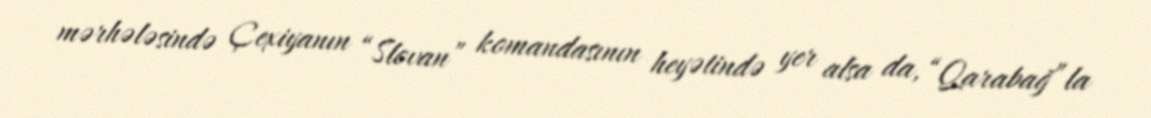
mərhələsində Çexiyanın “Slovan” komandasının heyətində yer alsa da, “Qarabağ”la